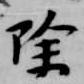
除